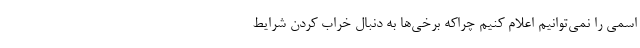
اسمی را نمی‌توانیم اعلام کنیم چراکه برخی‌ها به دنبال خراب کردن شرایط